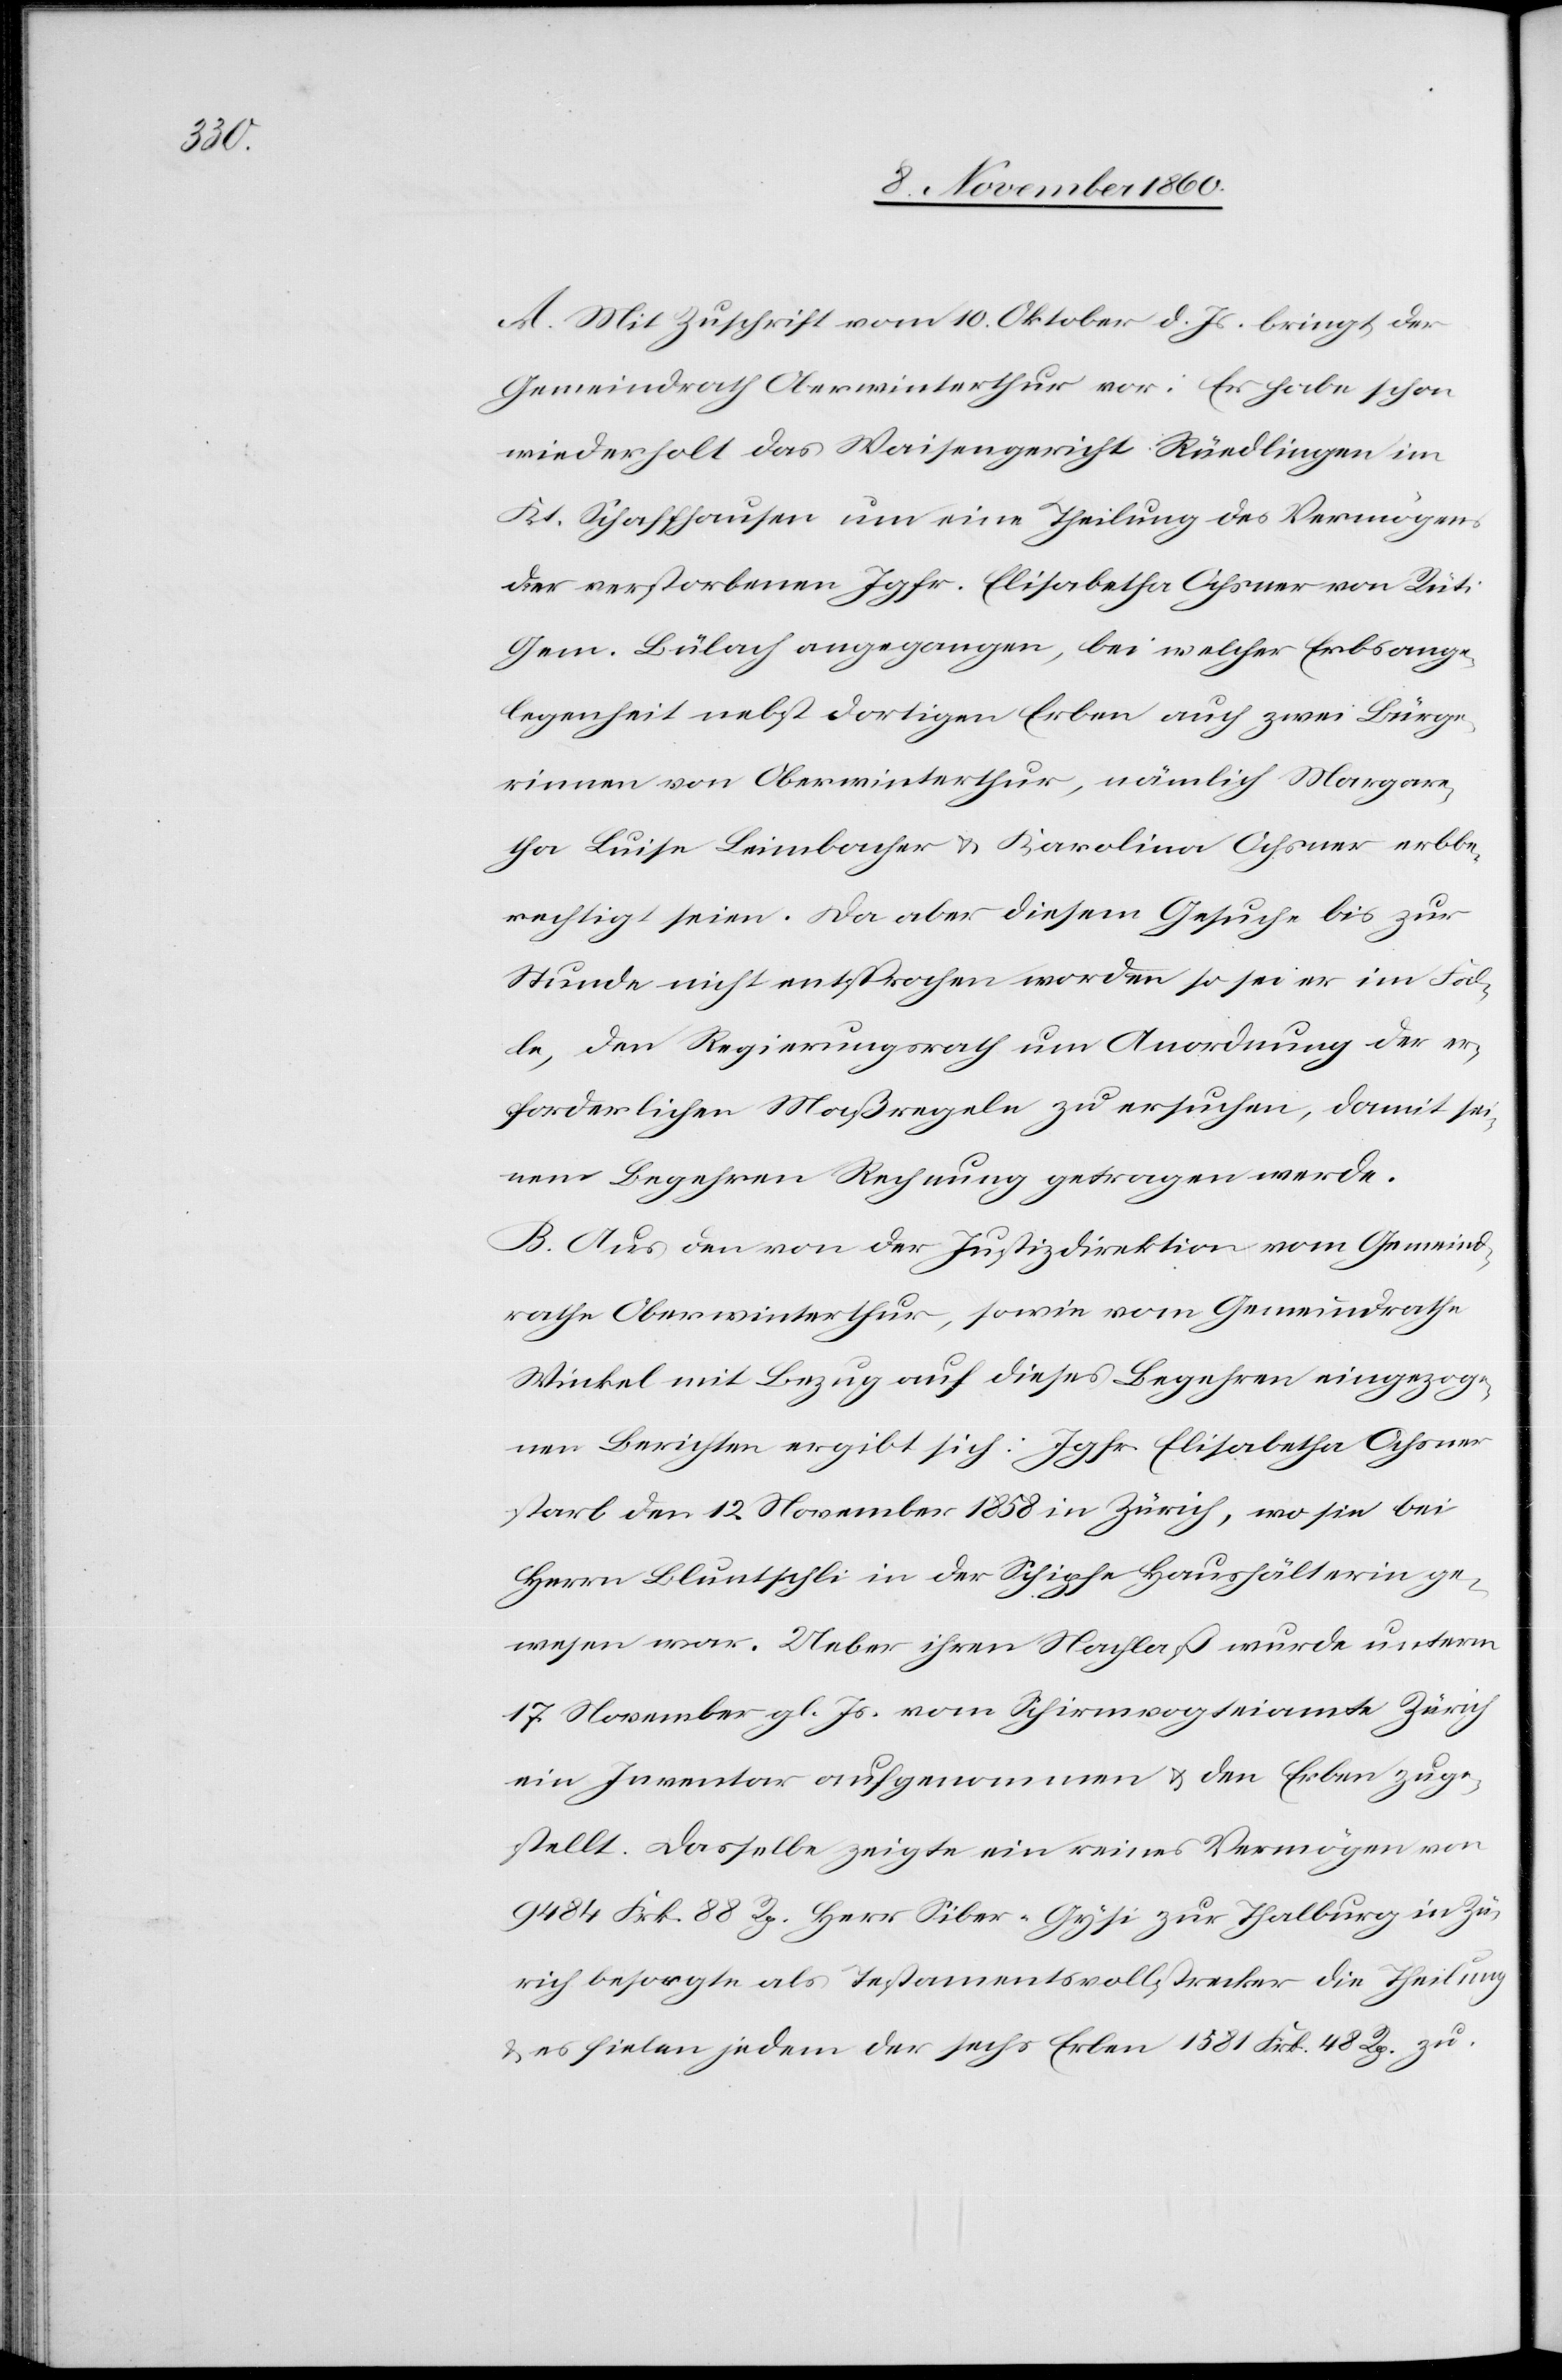
A. Mit Zuschrift vom 10. Oktober d. Js. bringt der
Gemeindrath Oberwinterthur vor: Er habe schon
wiederholt das Waisengericht Rüedlingen im
Kt. Schaffhausen um eine Theilung des Vermögens
der verstorbenen Jgfr. Elisabetha Ochsner von Rüti
Gem. Bülach angegangen, bei welcher Erbsange¬
legenheit nebst dortigen Erben auch zwei Bürge¬
rinnen von Oberwinterthur, nämlich Margare¬
tha Luise Leimbacher u. Karolina Ochsner erbbe¬
rechtigt seien. Da aber diesem Gesuche bis zur
Stunde nicht entsprochen worden[,] so sei er im Fal¬
le, den Regierungsrath um Anordnung der er¬
forderlichen Maßregeln zu ersuchen, damit sei¬
nem Begehren Rechnung getragen werde.
B. Aus den von der Justizdirektion vom Gemeind¬
rathe Oberwinterthur, sowie vom Gemeindrathe
Winkel mit Bezug auf dieses Begehren eingezoge¬
nen Berichten ergibt sich: Jgfr. Elisabetha Ochsner
starb den 12. November 1858 in Zürich, wo sie bei
Herrn Bluntschli in der Schipfe Haushälterin ge¬
wesen war. Ueber ihren Nachlaß wurde unterm
17. November gl. Js. vom Schirmvogteiamte Zürich
ein Inventar aufgenommen u. den Erben zuge¬
stellt. Dasselbe zeigte ein reines Vermögen von
9484 Frk. 88 Rp. Herr Siber-Gysi zur Thalburg in Zü¬
rich besorgte als Testamentsvollstrecker die Theilung
u. es fielen jedem der sechs Erben 1581 Frk. 48 Rp. zu.